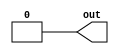
module source_2 (out) ;
parameter SIZE = 1;
output  [SIZE-1:0] out;
assign  out = {SIZE{1'b0}};
endmodule